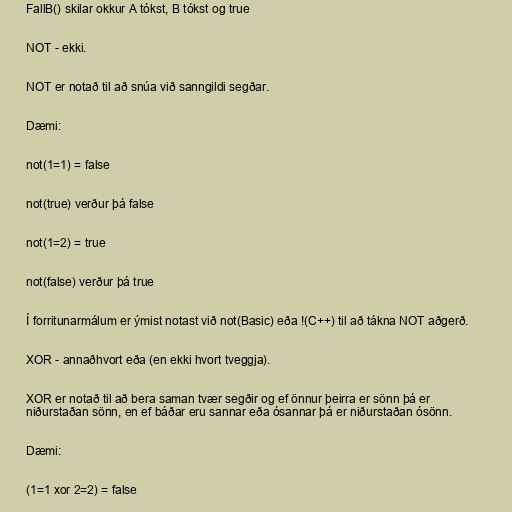
FallB() skilar okkur A tókst, B tókst og true

NOT - ekki.

NOT er notað til að snúa við sanngildi segðar.

Dæmi:

not(1=1) = false

not(true) verður þá false

not(1=2) = true

not(false) verður þá true

Í forritunarmálum er ýmist notast við not(Basic) eða !(C++) til að tákna NOT aðgerð.

XOR - annaðhvort eða (en ekki hvort tveggja).

XOR er notað til að bera saman tvær segðir og ef önnur þeirra er sönn þá er
niðurstaðan sönn, en ef báðar eru sannar eða ósannar þá er niðurstaðan ósönn.

Dæmi:

(1=1 xor 2=2) = false